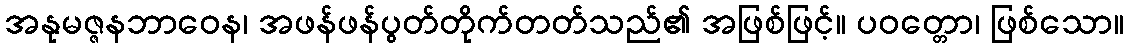
အနုမဇ္ဇနဘာဝေန၊ အဖန်ဖန်ပွတ်တိုက်တတ်သည်၏ အဖြစ်ဖြင့်။ ပဝတ္တော၊ ဖြစ်သော။